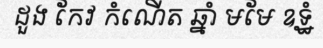
ដួង កែវ កំណើត ឆ្នាំ មមែ ឧទ្ឋំ